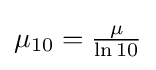
\mu _{10}={\tfrac {\mu }{\ln 10}}